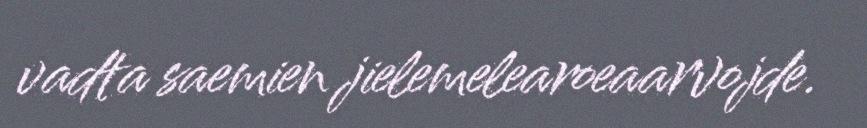
vadta saemien jielemelearoeaarvojde.